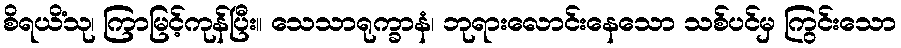
စိရယိံသု၊ ကြာမြင့်ကုန်ပြီး။ သေသာရုက္ခာနံ၊ ဘုရားလောင်းနေသော သစ်ပင်မှ ကြွင်းသော